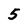
Character: 5